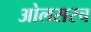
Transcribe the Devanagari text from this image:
ओलसरच